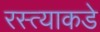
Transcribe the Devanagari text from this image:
रस्त्याकडे